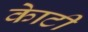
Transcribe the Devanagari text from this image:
काेटी